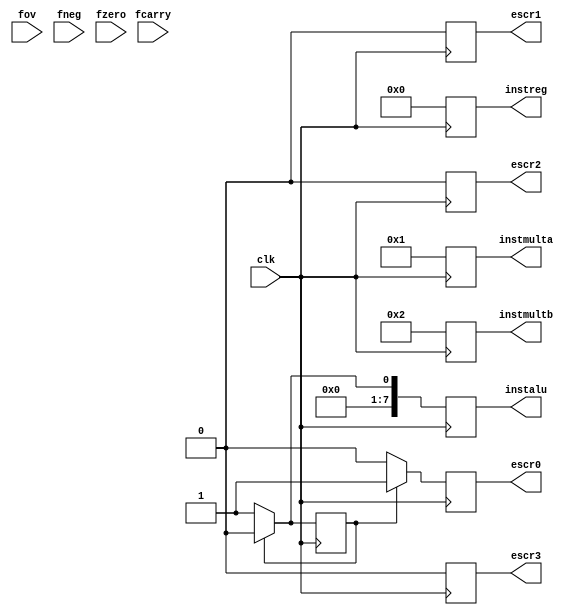
module controlsuma(
input clk, fov,fcarry,fneg,fzero,
output reg [7:0]instreg,instmulta,instalu,instmultb,
output reg escr1,escr2,escr3,escr0
);

reg rEstado, sEstado;

parameter  AssignFunc = 0;
parameter  SavingData   = 1;


initial
begin
	sEstado=AssignFunc;
end

always@(posedge clk)
begin

if(sEstado==AssignFunc)
begin
escr0=0;
escr1=0;
escr2=0;
escr3=0;
instmulta=1;
instmultb=2;
instalu=1;
instreg=0;
//estado futuro-------------------------------------------
rEstado=SavingData;
end

else if(sEstado==SavingData)
begin
escr0=1;
escr1=0;
escr2=0;
escr3=0;
instmulta=1;
instmultb=2;
instalu=0;
instreg=0;
//estado futuro-------------------------------------------
rEstado=AssignFunc;
end

sEstado=rEstado;

end
endmodule